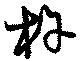
杵